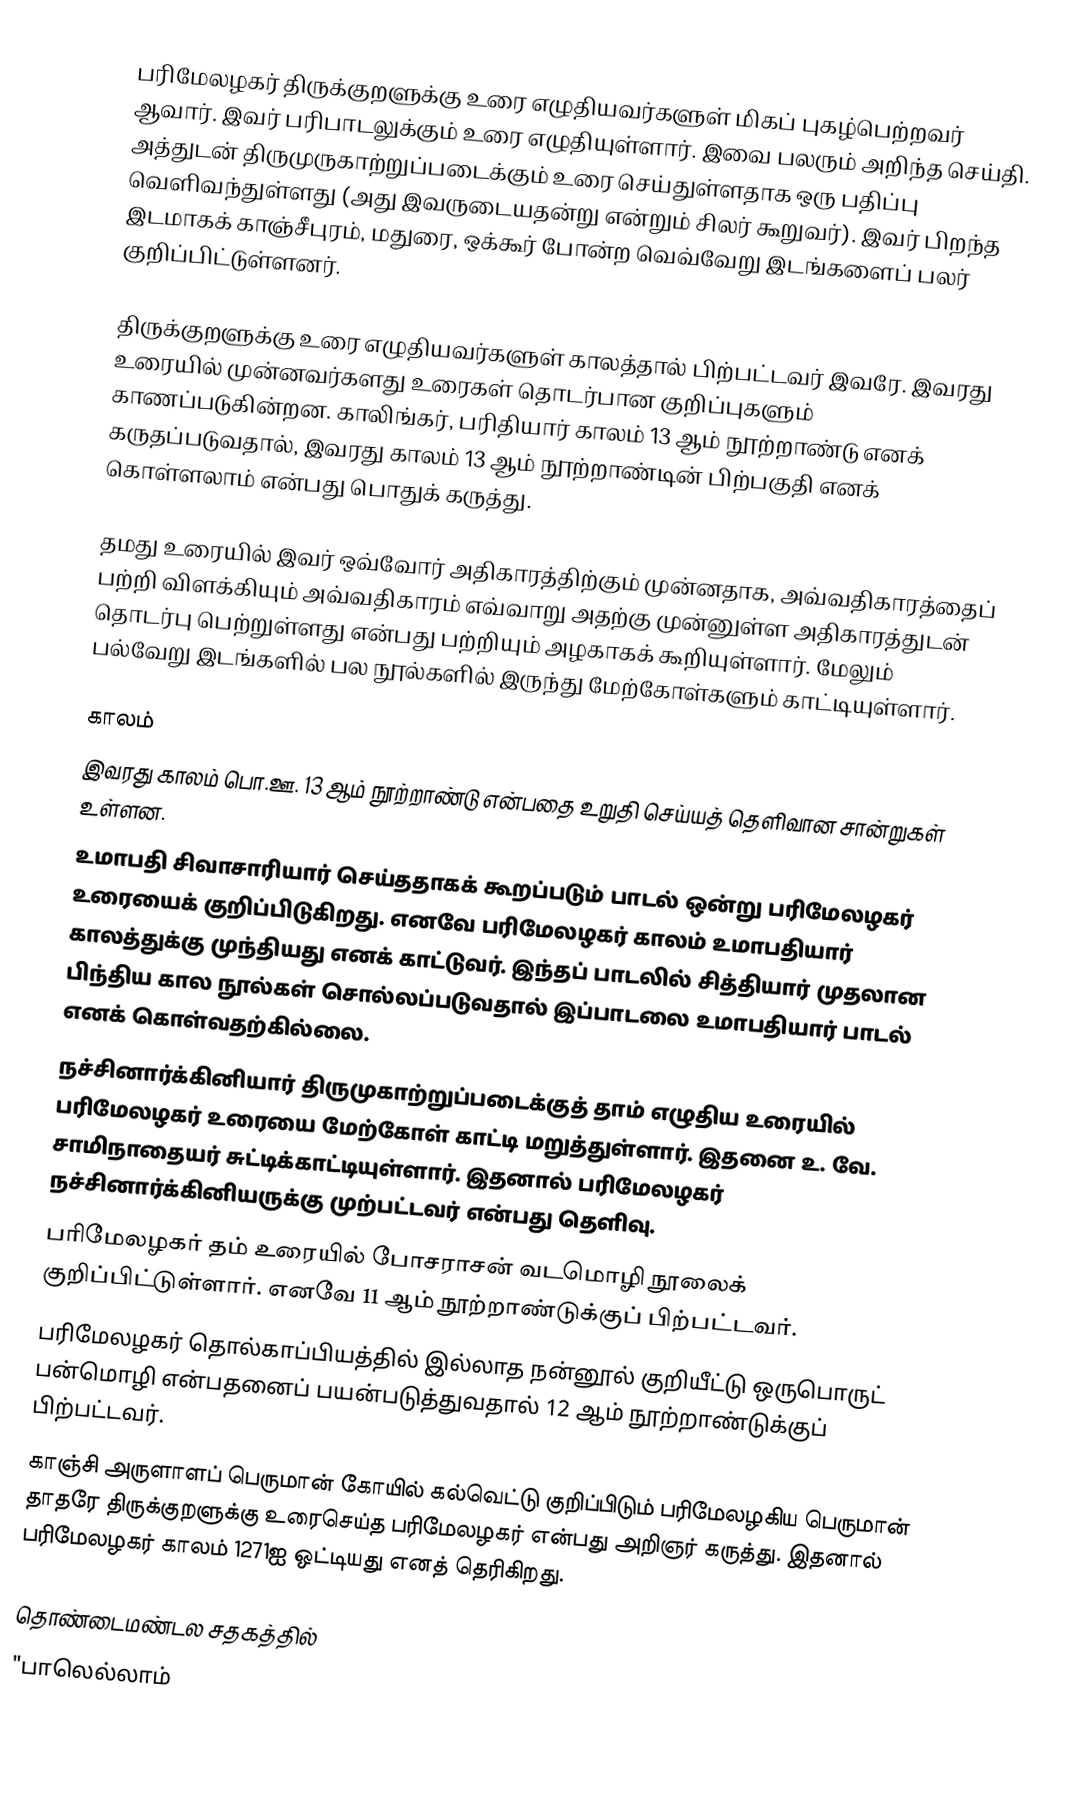
பரிமேலழகர் திருக்குறளுக்கு உரை எழுதியவர்களுள் மிகப் புகழ்பெற்றவர் ஆவார். இவர் பரிபாடலுக்கும் உரை எழுதியுள்ளார். இவை பலரும் அறிந்த செய்தி. அத்துடன் திருமுருகாற்றுப்படைக்கும் உரை செய்துள்ளதாக ஒரு பதிப்பு வெளிவந்துள்ளது (அது இவருடையதன்று என்றும் சிலர் கூறுவர்). இவர் பிறந்த இடமாகக் காஞ்சீபுரம், மதுரை, ஒக்கூர் போன்ற வெவ்வேறு இடங்களைப் பலர் குறிப்பிட்டுள்ளனர்.

திருக்குறளுக்கு உரை எழுதியவர்களுள் காலத்தால் பிற்பட்டவர் இவரே. இவரது உரையில் முன்னவர்களது உரைகள் தொடர்பான குறிப்புகளும் காணப்படுகின்றன. காலிங்கர், பரிதியார் காலம் 13 ஆம் நூற்றாண்டு எனக் கருதப்படுவதால், இவரது காலம் 13 ஆம் நூற்றாண்டின் பிற்பகுதி எனக் கொள்ளலாம் என்பது பொதுக் கருத்து.

தமது உரையில் இவர் ஒவ்வோர் அதிகாரத்திற்கும் முன்னதாக, அவ்வதிகாரத்தைப் பற்றி விளக்கியும் அவ்வதிகாரம் எவ்வாறு அதற்கு முன்னுள்ள அதிகாரத்துடன் தொடர்பு பெற்றுள்ளது என்பது பற்றியும் அழகாகக் கூறியுள்ளார். மேலும் பல்வேறு இடங்களில் பல நூல்களில் இருந்து மேற்கோள்களும் காட்டியுள்ளார்.

காலம்
இவரது காலம் பொ.ஊ. 13 ஆம் நூற்றாண்டு என்பதை உறுதி செய்யத் தெளிவான சான்றுகள் உள்ளன.
உமாபதி சிவாசாரியார்  செய்ததாகக் கூறப்படும் பாடல் ஒன்று பரிமேலழகர் உரையைக் குறிப்பிடுகிறது.   எனவே பரிமேலழகர் காலம் உமாபதியார் காலத்துக்கு முந்தியது எனக் காட்டுவர். இந்தப் பாடலில் சித்தியார் முதலான பிந்திய கால நூல்கள் சொல்லப்படுவதால் இப்பாடலை உமாபதியார் பாடல் எனக் கொள்வதற்கில்லை.
நச்சினார்க்கினியார்  திருமுகாற்றுப்படைக்குத் தாம் எழுதிய உரையில் பரிமேலழகர் உரையை மேற்கோள் காட்டி மறுத்துள்ளார். இதனை உ. வே. சாமிநாதையர் சுட்டிக்காட்டியுள்ளார்.  இதனால் பரிமேலழகர் நச்சினார்க்கினியருக்கு முற்பட்டவர் என்பது தெளிவு.
பரிமேலழகர் தம் உரையில் போசராசன்   வடமொழி நூலைக் குறிப்பிட்டுள்ளார்.   எனவே 11 ஆம் நூற்றாண்டுக்குப் பிற்பட்டவர்.
பரிமேலழகர் தொல்காப்பியத்தில் இல்லாத நன்னூல்  குறியீட்டு ஒருபொருட் பன்மொழி என்பதனைப் பயன்படுத்துவதால்  12 ஆம் நூற்றாண்டுக்குப் பிற்பட்டவர்.
காஞ்சி அருளாளப் பெருமான் கோயில் கல்வெட்டு  குறிப்பிடும் பரிமேலழகிய பெருமான் தாதரே   திருக்குறளுக்கு உரைசெய்த பரிமேலழகர் என்பது அறிஞர்  கருத்து. இதனால் பரிமேலழகர் காலம் 1271ஐ ஒட்டியது எனத் தெரிகிறது.

தொண்டைமண்டல சதகத்தில்
"பாலெல்லாம்